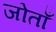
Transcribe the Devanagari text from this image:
जोताँ